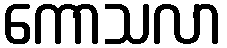
ကောသလာ